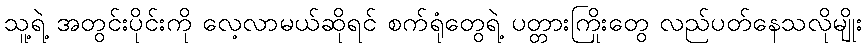
သူ့ရဲ့ အတွင်းပိုင်းကို လေ့လာမယ်ဆိုရင် စက်ရုံတွေရဲ့ ပတ္တားကြိုးတွေ လည်ပတ်နေသလိုမျိုး